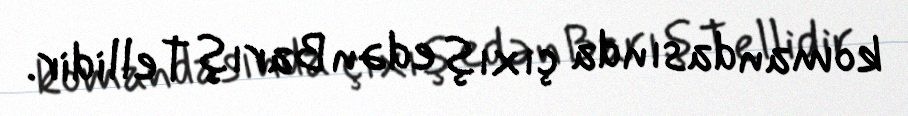
komandasında çıxış edən Barış Tellidir.